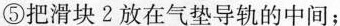
⑤把滑块2放在气垫导轨的中间；